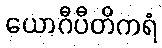
ယောဂီပီတိကရံ